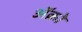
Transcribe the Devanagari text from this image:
अॅक्रो